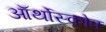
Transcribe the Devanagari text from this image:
ऑर्थोस्कोप